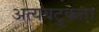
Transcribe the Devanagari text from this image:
अत्यवटुकता